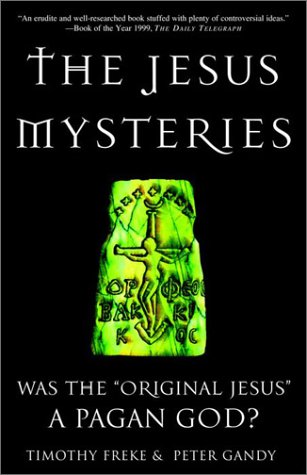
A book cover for The Jesus Mysteries: Was the "Original Jesus" a Pagan God?; Timothy Freke; Religion & Spirituality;